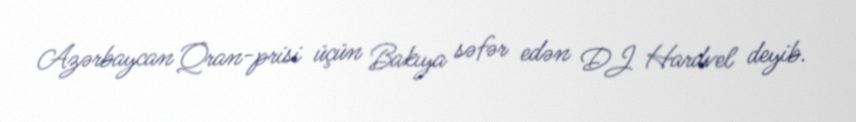
Azərbaycan Qran-prisi üçün Bakıya səfər edən DJ Hardvel deyib.